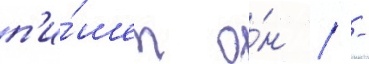
п'и́шет о́н / -